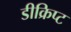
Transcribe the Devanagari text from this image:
डीक्रिप्ट